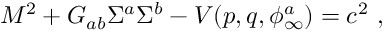
M ^ { 2 } + G _ { a b } \Sigma ^ { a } \Sigma ^ { b } - V ( p , q , \phi _ { \infty } ^ { a } ) = c ^ { 2 } \ ,